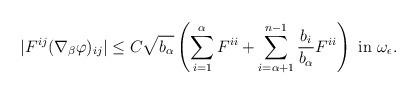
LaTeX: \begin{align*}|F^{ij} (\nabla_\beta \varphi)_{ij}| \leq C \sqrt{b_\alpha} \left(\sum_{i=1}^{\alpha} F^{ii} + \sum_{i=\alpha+1}^{n-1} \frac{b_i}{b_\alpha} F^{ii}\right) \mbox{ in } \omega_\epsilon.\end{align*}